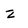
Character: z